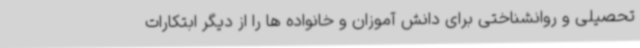
تحصیلی و روانشناختی برای دانش آموزان و خانواده ها را از دیگر ابتکارات